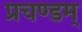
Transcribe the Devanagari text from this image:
प्रचण्डम्